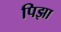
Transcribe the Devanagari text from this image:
पिझा